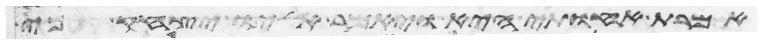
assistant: אמרת אחותי היא ויאמר אליו יצחק כי